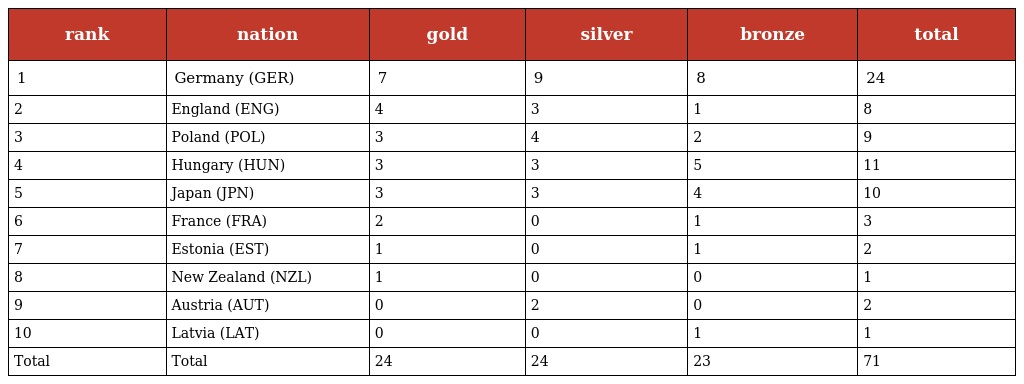
| rank | nation | gold | silver | bronze | total |
 | --- | --- | --- | --- | --- | --- |
 | 1 | Germany (GER) | 7 | 9 | 8 | 24 |
 | 2 | England (ENG) | 4 | 3 | 1 | 8 |
 | 3 | Poland (POL) | 3 | 4 | 2 | 9 |
 | 4 | Hungary (HUN) | 3 | 3 | 5 | 11 |
 | 5 | Japan (JPN) | 3 | 3 | 4 | 10 |
 | 6 | France (FRA) | 2 | 0 | 1 | 3 |
 | 7 | Estonia (EST) | 1 | 0 | 1 | 2 |
 | 8 | New Zealand (NZL) | 1 | 0 | 0 | 1 |
 | 9 | Austria (AUT) | 0 | 2 | 0 | 2 |
 | 10 | Latvia (LAT) | 0 | 0 | 1 | 1 |
 | Total | Total | 24 | 24 | 23 | 71 |